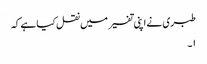
طبری نے اپنی تفسیر میں نقل کیا ہے کہ
۱۔